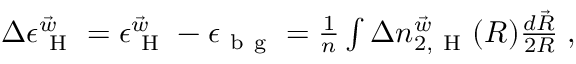
\begin{array} { r } { \Delta \epsilon _ { \mathrm { ~ H ~ } } ^ { \vec { w } } = \epsilon _ { \mathrm { ~ H ~ } } ^ { \vec { w } } - \epsilon _ { { \mathrm { ~ b ~ g ~ } } } = \frac { 1 } { n } \int \Delta n _ { 2 , \mathrm { ~ H ~ } } ^ { \vec { w } } ( R ) \frac { d \vec { R } } { 2 R } \; , } \end{array}